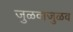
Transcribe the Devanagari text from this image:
जुळवाजुळव